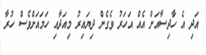
އަދި އެ ހާދިސާއަށް އެއް އަހަރު ވެގެން ދިޔައިރު މިއަދާއި ހަމައަށްވެސް ހުރާ